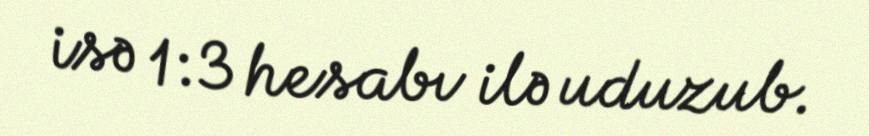
isə 1:3 hesabı ilə uduzub.